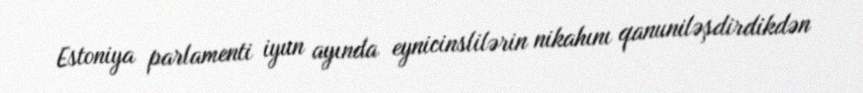
Estoniya parlamenti iyun ayında eynicinslilərin nikahını qanuniləşdirdikdən